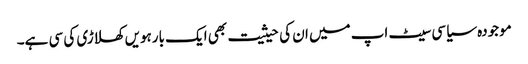
موجودہ سیاسی سیٹ اپ میں ان کی حیثیت بھی ایک بارہویں کھلاڑی کی سی ہے۔